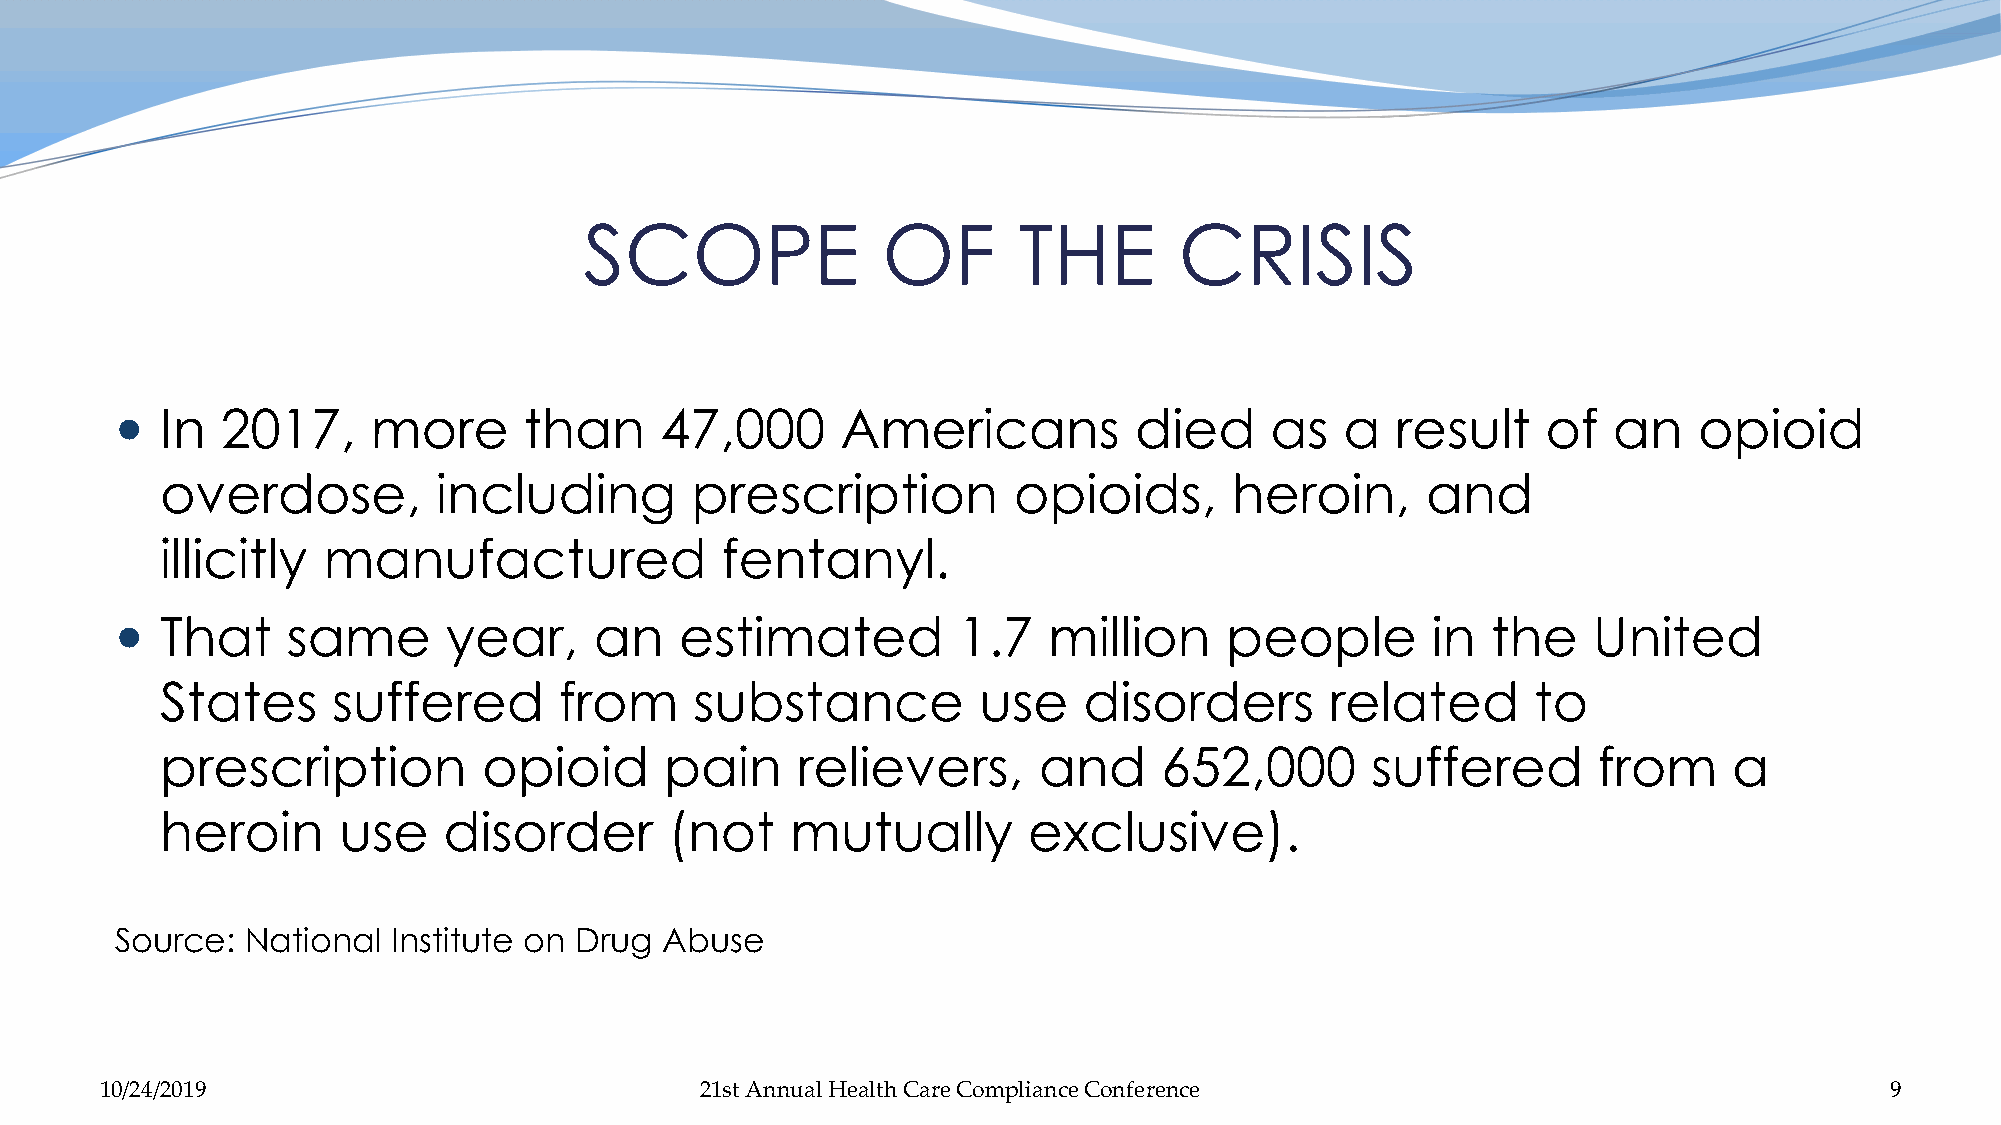
SCOPE              OF       THE        CRISIS
   In  2017,     more      than     47,000      Americans          died     as   a  result    of   an   opioid
 overdose,         including        prescription         opioids,       heroin,     and
 illicitly manufactured               fentanyl.
   That    same       year,    an    estimated         1.7   million     people        in  the   United
 States     suffered       from     substance          use    disorders       related       to
 prescription         opioid      pain     relievers,      and     652,000       suffered       from     a
 heroin     use    disorder       (not    mutually        exclusive).
 Source: National  Institute on Drug Abuse
 10/24/2019                             21st Annual Health Care Compliance Conference                                  9